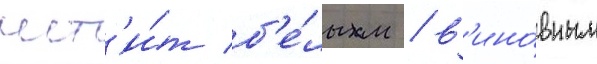
мст'и́т б'е́лым / в'ино́вным